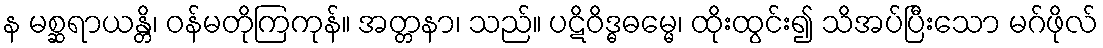
န မစ္ဆရာယန္တိ၊ ဝန်မတိုကြကုန်။ အတ္တနာ၊ သည်။ ပဋိဝိဒ္ဓဓမ္မေ၊ ထိုးထွင်း၍ သိအပ်ပြီးသော မဂ်ဖိုလ်